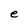
Character: e